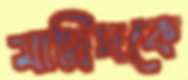
মাদ্রিদকে